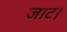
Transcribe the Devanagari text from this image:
जाट।